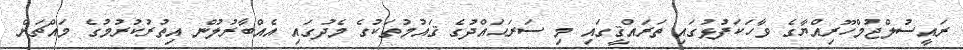
ރައީސުލްޖުމްހޫރިއްޔާގެ ވާހަކަފުޅުގައި ތަރައްޤީގައި މި ސަރަޙައްދުގެ ޤައުމުތަކުގެ މެދުގައި އެއްބާރުލުން އިތުރުކުރުމުގެ މައްޗަށް